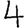
Digit: 4